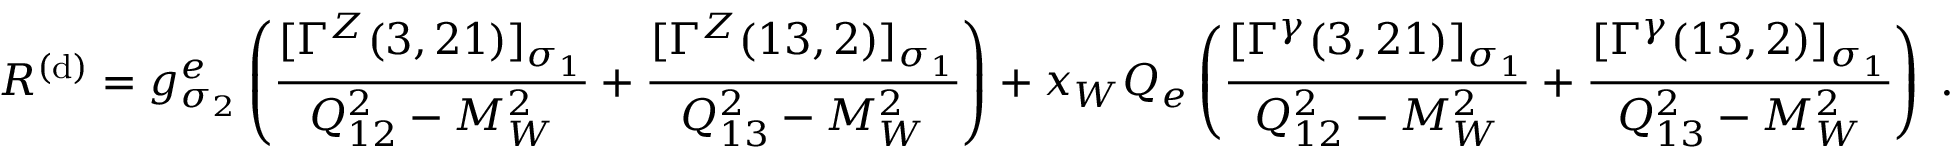
{ \cal R } ^ { ( \mathrm { d } ) } = g _ { \sigma _ { 2 } } ^ { e } \left( \frac { [ \Gamma ^ { Z } ( 3 , 2 1 ) ] _ { \sigma _ { 1 } } } { Q _ { 1 2 } ^ { 2 } - M _ { W } ^ { 2 } } + \frac { [ \Gamma ^ { Z } ( 1 3 , 2 ) ] _ { \sigma _ { 1 } } } { Q _ { 1 3 } ^ { 2 } - M _ { W } ^ { 2 } } \right) + x _ { W } Q _ { e } \left( \frac { [ \Gamma ^ { \gamma } ( 3 , 2 1 ) ] _ { \sigma _ { 1 } } } { Q _ { 1 2 } ^ { 2 } - M _ { W } ^ { 2 } } + \frac { [ \Gamma ^ { \gamma } ( 1 3 , 2 ) ] _ { \sigma _ { 1 } } } { Q _ { 1 3 } ^ { 2 } - M _ { W } ^ { 2 } } \right) \; .